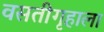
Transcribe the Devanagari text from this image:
वसतीगृहाला